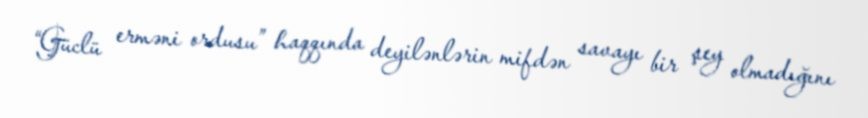
“Güclü erməni ordusu” haqqında deyilənlərin mifdən savayı bir şey olmadığını